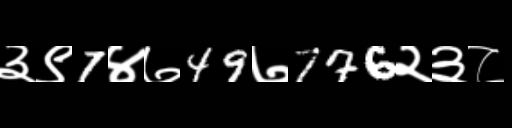
Text: ३९7४७49७776२३८